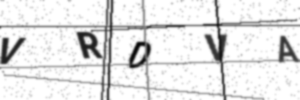
Text: VRDVA